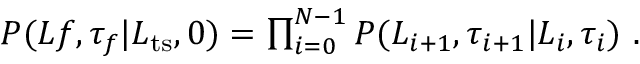
\begin{array} { r } { P ( L f , \tau _ { f } | L _ { \mathrm { t s } } , 0 ) = \prod _ { i = 0 } ^ { N - 1 } P ( L _ { i + 1 } , \tau _ { i + 1 } | L _ { i } , \tau _ { i } ) \ . } \end{array}